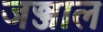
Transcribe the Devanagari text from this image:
जञ्जाल